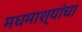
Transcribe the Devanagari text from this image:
मधमाश्यांंचा